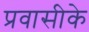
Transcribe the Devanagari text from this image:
प्रवासीके